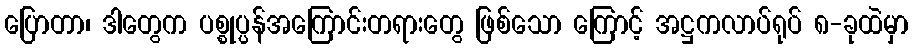
ပြောတာ၊ ဒါတွေက ပစ္စုပ္ပန်အကြောင်းတရားတွေ ဖြစ်သော ကြောင့် အဋ္ဌကလာပ်ရုပ် ၈-ခုထဲမှာ